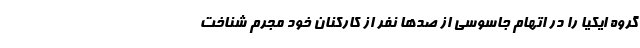
گروه ایکیا را در اتهام جاسوسی از صدها نفر از کارکنان خود مجرم شناخت